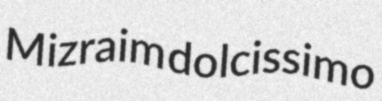
Mizraim dolcissimo